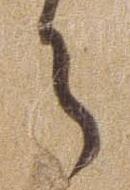
ら